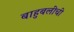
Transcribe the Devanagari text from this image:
बाहुबलींची